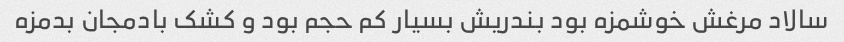
سالاد مرغش خوشمزه بود بندریش بسیار کم حجم بود و کشک بادمجان بدمزه